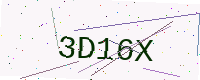
Text: 3D16X